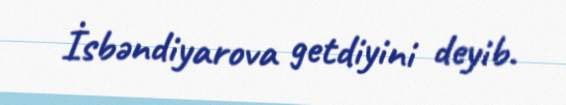
İsbəndiyarova getdiyini deyib.